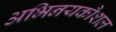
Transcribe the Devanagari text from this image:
अभिनयकौशल